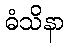
ဓံသိနာ